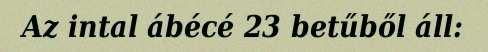
Az intal ábécé 23 betűből áll: